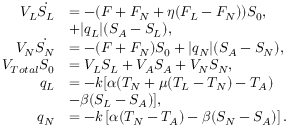
\begin{array} { r l } { V _ { L } \dot { S _ { L } } } & { = - ( F + F _ { N } + \eta ( F _ { L } - F _ { N } ) ) S _ { 0 } , } \\ & { + | q _ { L } | ( S _ { A } - S _ { L } ) , } \\ { V _ { N } \dot { S _ { N } } } & { = - ( F + F _ { N } ) S _ { 0 } + | q _ { N } | ( S _ { A } - S _ { N } ) , } \\ { V _ { T o t a l } S _ { 0 } } & { = V _ { L } S _ { L } + V _ { A } S _ { A } + V _ { N } S _ { N } , } \\ { q _ { L } } & { = - k [ \alpha ( T _ { N } + \mu ( T _ { L } - T _ { N } ) - T _ { A } ) } \\ & { - \beta ( S _ { L } - S _ { A } ) ] , } \\ { q _ { N } } & { = - k \left[ \alpha ( T _ { N } - T _ { A } ) - \beta ( S _ { N } - S _ { A } ) \right] . } \end{array}